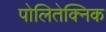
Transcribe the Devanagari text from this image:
पोलितेक्निक